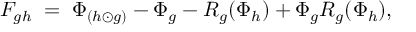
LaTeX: F _ { g h } \; = \; \Phi _ { ( h \odot g ) } - \Phi _ { g } - R _ { g } ( \Phi _ { h } ) + \Phi _ { g } R _ { g } ( \Phi _ { h } ) ,